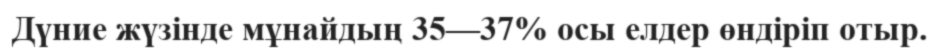
Дүние жүзінде мұнайдың 35—37% осы елдер өндіріп отыр.